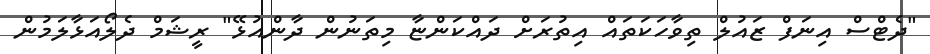
"ދެޓްސް އިނަފް ޒައުލް ތިވާހަކަތައް އިތުރަށް ދައްކަންޏާ މިތަނުން ދާންއުޅޭ" ރީޝަމް ދެލޯއަޅާލަމުން